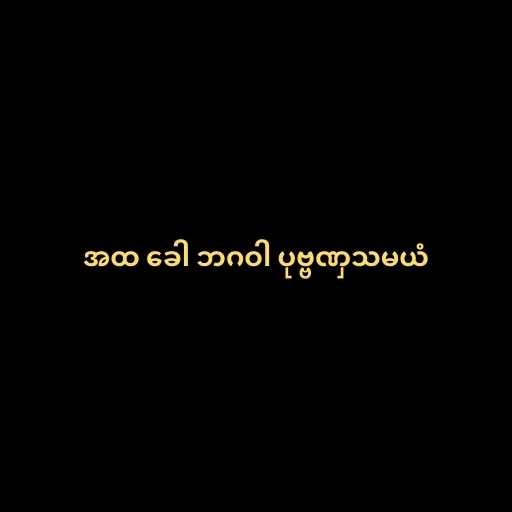
အထ ခေါ ဘဂဝါ ပုဗ္ဗဏှသမယံ